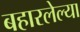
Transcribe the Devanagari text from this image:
बहारलेल्या